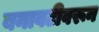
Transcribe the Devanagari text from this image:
बनावटीवरून